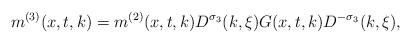
LaTeX: \begin{align*} m^{(3)}(x,t,k)=m^{(2)}(x,t,k)D^{\sigma_3}(k,\xi)G(x,t,k)D^{-\sigma_3}(k,\xi),\end{align*}